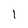
Character: l